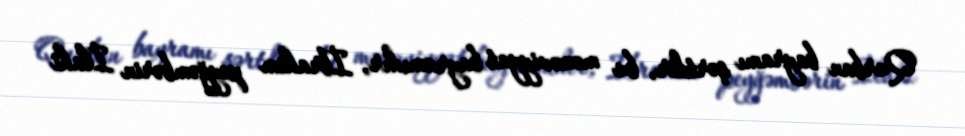
Qurban bayramı şərtdir, bu mənəviyyat bayramıdır, İbrahim peyğəmbərin İlahi